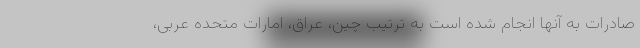
صادرات به آنها انجام شده است به ترتیب چین، عراق، امارات متحده عربی،